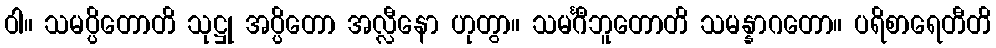
ဝါ။ သမပ္ပိတောတိ သုဋ္ဌု အပ္ပိတော အလ္လီနော ဟုတွာ။ သမင်္ဂီဘူတောတိ သမန္နာဂတော။ ပရိစာရေတီတိ